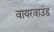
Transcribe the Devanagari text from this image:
वायरवाउंड